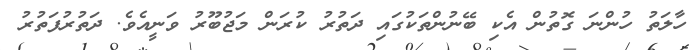
ހާލަތު ހުންނަ ގޮތުން އެކި ބޭނުންތަކުގައި ދަތުރު ކުރަން މަޖުބޫރު ވަނީއެވެ. ދަތުރުފަތުރު